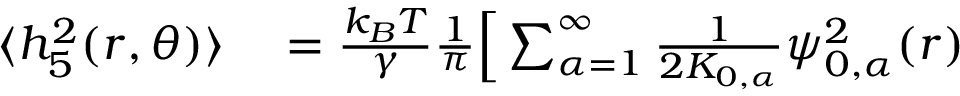
\begin{array} { r l } { \langle h _ { 5 } ^ { 2 } ( r , \theta ) \rangle } & { { } = \frac { k _ { B } T } { \gamma } \frac { 1 } { \pi } \Big [ \sum _ { \alpha = 1 } ^ { \infty } \frac { 1 } { 2 K _ { 0 , \alpha } } \psi _ { 0 , \alpha } ^ { 2 } ( r ) } \end{array}